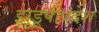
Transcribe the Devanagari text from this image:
झुडूपीप्रदेश